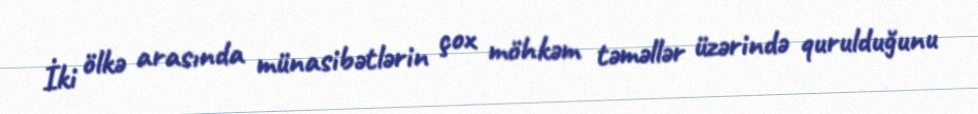
İki ölkə arasında münasibətlərin çox möhkəm təməllər üzərində qurulduğunu